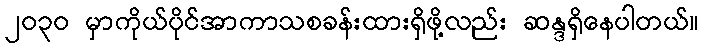
၂၀၃၀ မှာကိုယ်ပိုင်အာကာသစခန်းထားရှိဖို့လည်း ဆန္ဒရှိနေပါတယ်။